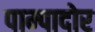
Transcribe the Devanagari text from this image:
पाम्पादोर